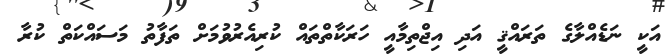
އަކީ ނަޑެއްލާގެ ތަރައްޤީ އަދި އިޖްތިމާއީ ހަރަކާތްތައް ކުރިއެރުވުމަށް ތަފާތު މަސައްކަތް ކުރާ